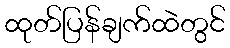
ထုတ်ပြန်ချက်ထဲတွင်